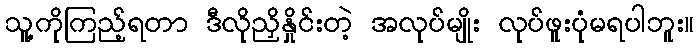
သူ့ကိုကြည့်ရတာ ဒီလိုညှိနှိုင်းတဲ့ အလုပ်မျိုး လုပ်ဖူးပုံမရပါဘူး။